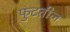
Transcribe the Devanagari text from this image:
फुटतील